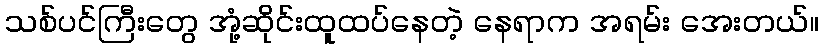
သစ်ပင်ကြီးတွေ အုံ့ဆိုင်းထူထပ်နေတဲ့ နေရာက အရမ်း အေးတယ်။